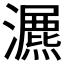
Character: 𤂏